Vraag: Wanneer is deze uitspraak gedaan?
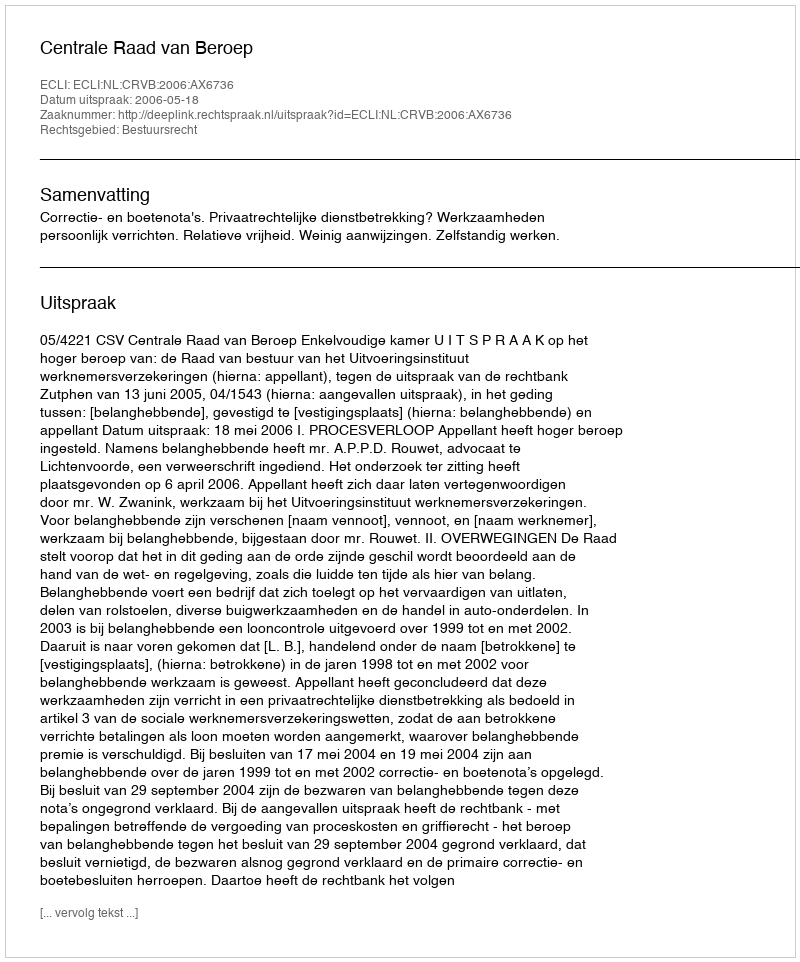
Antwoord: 2006-05-18